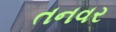
તનવર